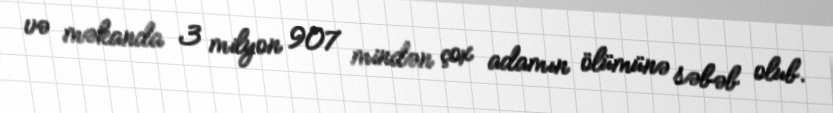
və məkanda 3 milyon 907 mindən çox adamın ölümünə səbəb olub.